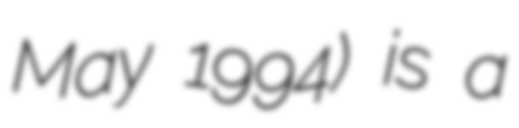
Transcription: May 1994) is a